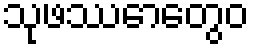
သုဖဿောတွေဝ